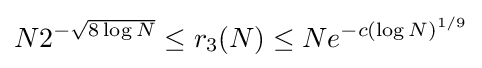
N2^{-{\sqrt {8\log N}}}\leq r_{3}(N)\leq Ne^{-c(\log N)^{1/9}}